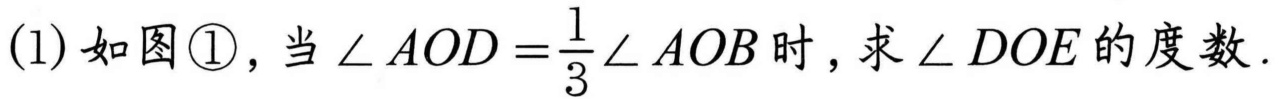
(1)如图\textcircled{1}，当\(\angle AOD=\frac{1}{3}\angle AOB\)时，求\(\angle DOE\)的度数.